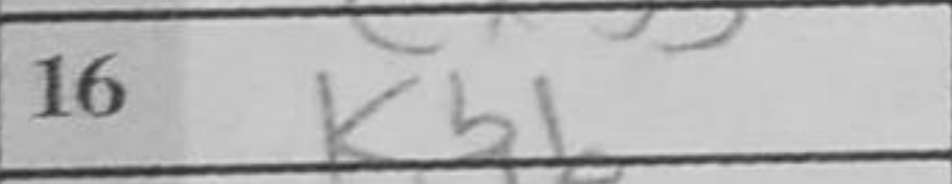
Transcription: Kb1